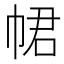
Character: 𢂽